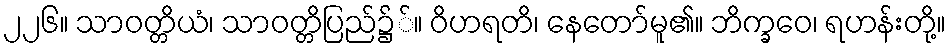
၂၂၆။ သာဝတ္တိယံ၊ သာဝတ္တိပြည်၌်။ ဝိဟရတိ၊ နေတော်မူ၏။ ဘိက္ခဝေ၊ ရဟန်းတို့။